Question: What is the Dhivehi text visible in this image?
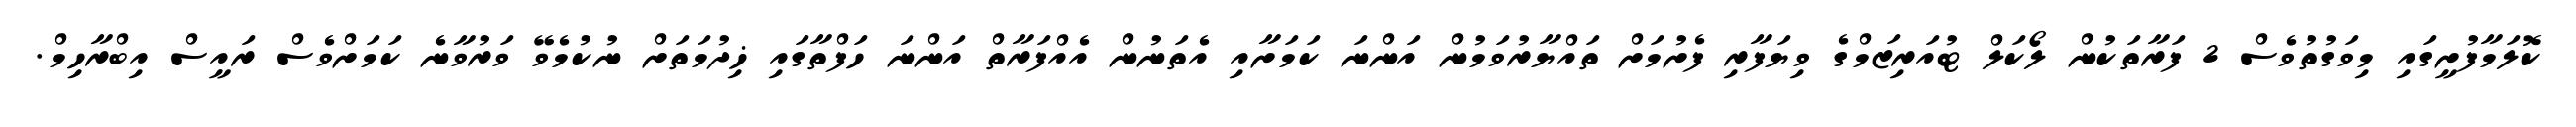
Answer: ކޮލަމާފުށީގައި މިވަގުތުވެސް 2 ފަރާތަކުން ލޯކަލް ޓުއަރިޒަމްގެ ވިޔަފާރި ފެށުމަށް ތައްޔާރުވަމުން އަންނަ ކަމަށާއި އެތަނުން އެއްފަރާތް އަންނަ ހަފްތާގައި ޚިދުމަތަށް ނުކުމެވޭ ވަރުވާނެ ކަމަށްވެސް ރައީސް އިބްރާހިމް.